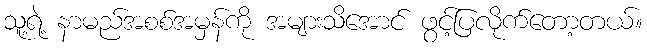
သူ့ရဲ့ နာမည်အစစ်အမှန်ကို အများသိအောင် ဖွင့်ပြလိုက်တော့တယ်။